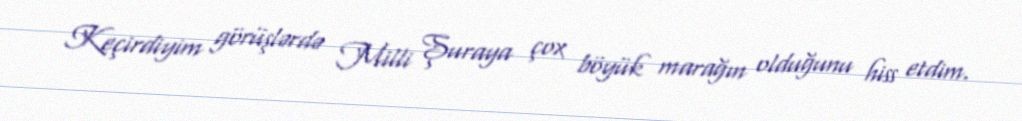
Keçirdiyim görüşlərdə Milli Şuraya çox böyük marağın olduğunu hiss etdim.